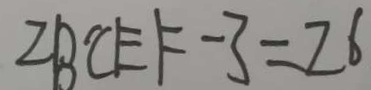
Z B ^ { \prime } C E F - 3 = 2 6